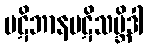
ပဋိဘာနပဋိသမ္ဘိဒါ